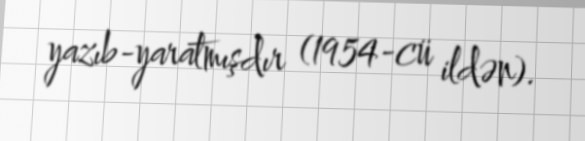
yazıb-yaratmışdır (1954-cü ildən).